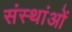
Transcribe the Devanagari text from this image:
संस्थांओं